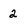
Character: 2